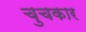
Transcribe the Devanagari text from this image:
चुचकार